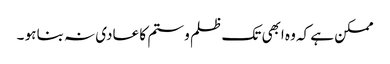
ممکن ہے کہ وہ ابھی تک ظلم و ستم کا عادی نہ بنا ہو ۔